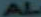
AL